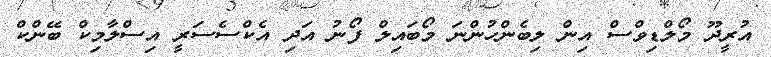
އުރީދޫ މޯލްޑިވްސް އިން ލިބެންހުންނަ މޯބައިލް ފޯނު އަދި އެކްސެސަރީ އިސްލާމިކް ބޭންކް